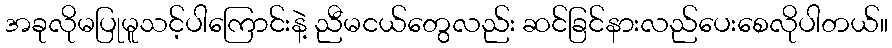
အခုလိုမပြုမူသင့်ပါကြောင်းနဲ့ ညီမငယ်တွေလည်း ဆင်ခြင်နားလည်ပေးစေလိုပါတယ်။